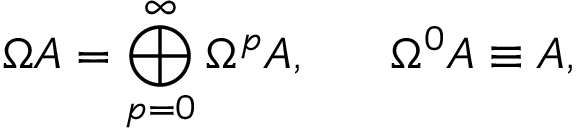
\Omega A = \bigoplus _ { p = 0 } ^ { \infty } \Omega ^ { p } A , \ \ \ \ \ \Omega ^ { 0 } A \equiv A ,